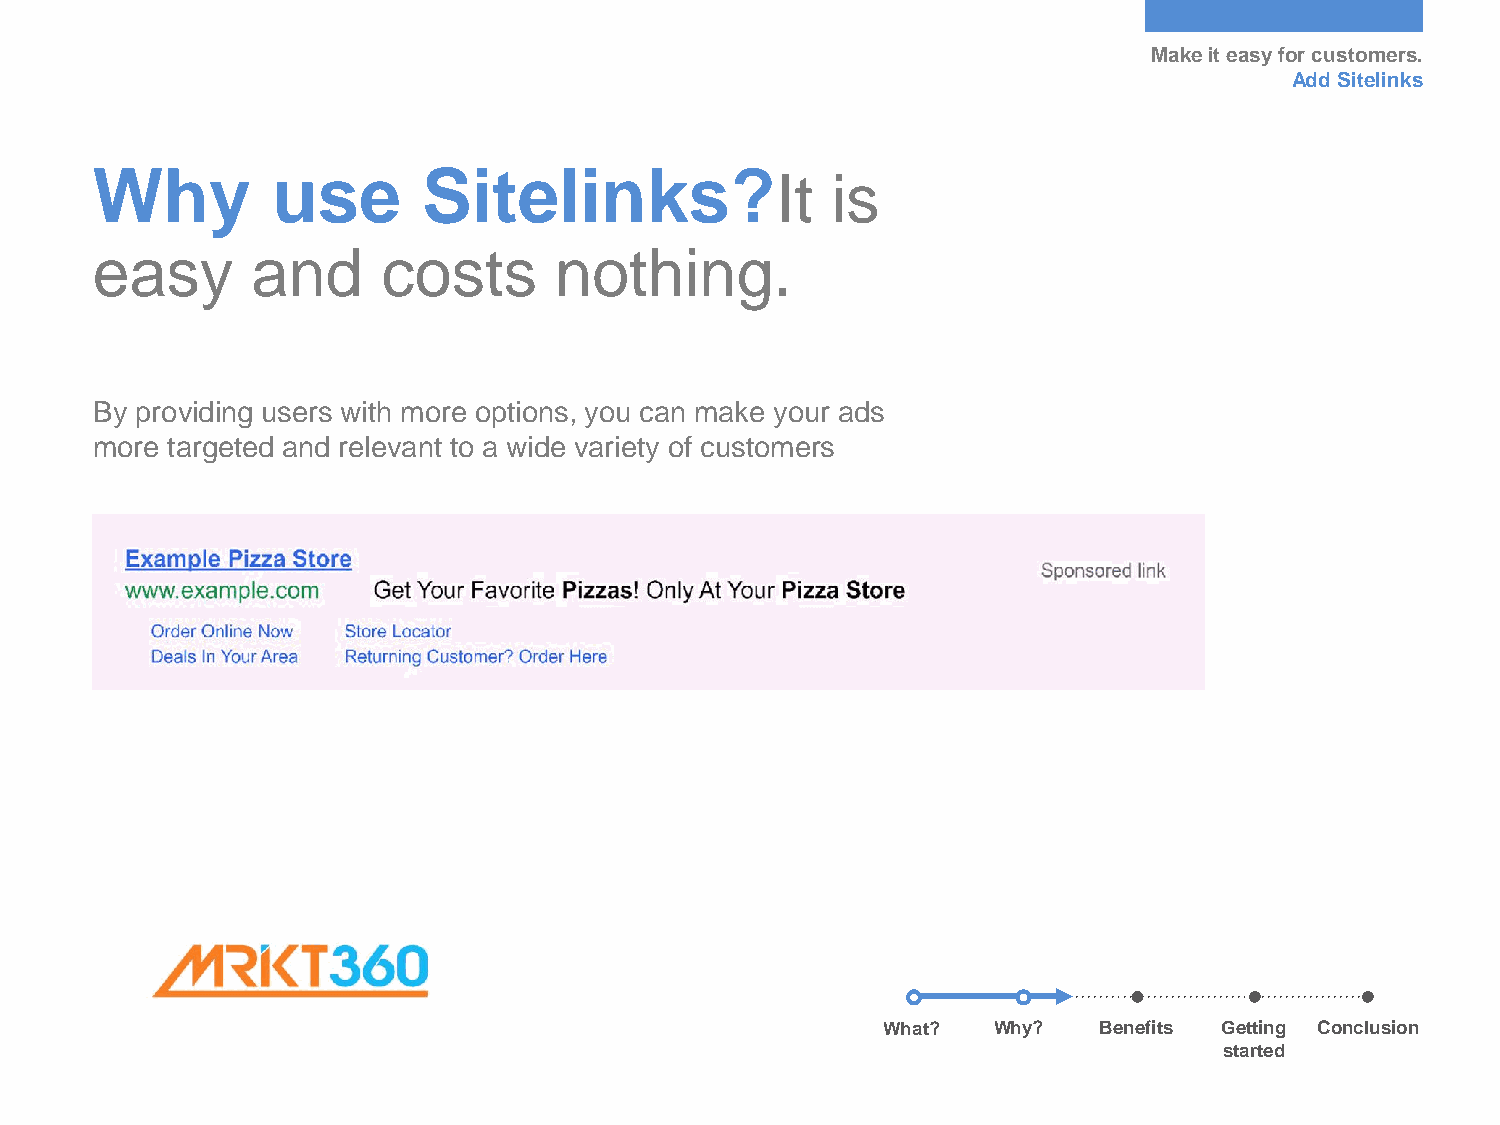
Make it easy for customers.
 Add Sitelinks
 Why         use       Sitelinks?
 It  is
 easy       and     costs       nothing.
 By providing users with more options, you can make your ads
 more targeted and relevant to a wide variety of customers
 What?   Why?   Benefits Getting Conclusion
 started